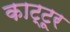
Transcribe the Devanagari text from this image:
काट्टूर